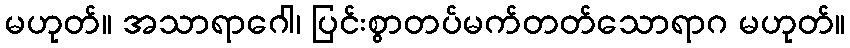
မဟုတ်။ အသာရာဂေါ၊ ပြင်းစွာတပ်မက်တတ်သောရာဂ မဟုတ်။